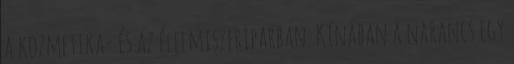
a kozmetika- és az élelmiszeriparban. Kínában a narancs egy